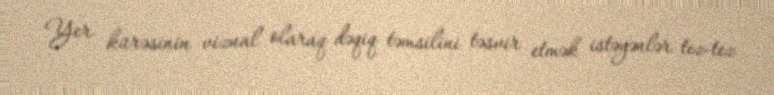
Yer kürəsinin vizual olaraq dəqiq təmsilini təsvir etmək istəyənlər tez-tez